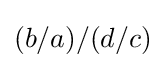
(b/a)/(d/c)